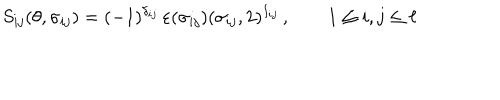
LaTeX: S _ { i j } ( \theta , \sigma _ { i j } ) = ( - 1 ) ^ { \delta _ { i j } } \, \varepsilon ( \sigma _ { i j } ) ( \sigma _ { i j } , 2 ) ^ { I _ { i j } } \, , \qquad 1 \leq i , j \leq \ell